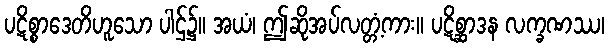
ပဋိစ္စာဒေတိဟူသော ပါဌ်၌။ အယံ၊ ဤဆိုအပ်လတ္တံ့ကား။ ပဋိစ္ဆာဒန လက္ခဏဿ၊